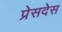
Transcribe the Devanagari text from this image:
प्रेसदेस